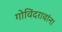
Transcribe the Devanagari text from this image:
गोविंदरावांना